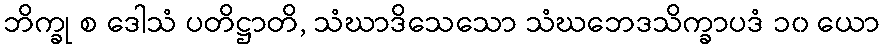
ဘိက္ခု စ ဒေါသံ ပတိဋ္ဌာတိ, သံဃာဒိသေသော သံဃဘေဒသိက္ခာပဒံ ၁၀ ယော